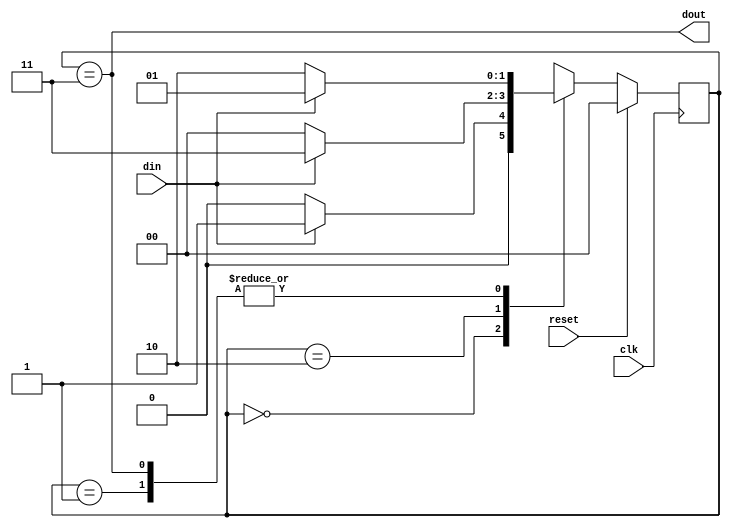
`timescale 1ns / 1ps
//////////////////////////////////////////////////////////////////////////////////
// Company: 
// Engineer: 
// 
// Design Name: 
// Module Name: mealy_1011
// Project Name: 
// Target Devices: 
// Tool Versions: 
// Description: 
// 
// Dependencies: 
// 
// Revision:
// Revision 0.01 - File Created
// Additional Comments:
// 
//////////////////////////////////////////////////////////////////////////////////


module mealy_1011(clk,din,reset,dout);

        
        parameter IDLE = 2'b00,
                  STATE1 = 2'b01,
                  STATE2 = 2'b10,
                  STATE3 = 2'b11;
                  
        input clk,din,reset;
        output dout;
        
        reg [1:0] present_state, nxt_state;
        
        always@(posedge clk)
        begin
            if(reset)
            present_state <= IDLE;
            else
            present_state <= nxt_state;  
        end
        
        always@(present_state or din)
        begin
        
            nxt_state <= IDLE;
            
            case(present_state) 
            IDLE : if(din == 1)
                   nxt_state <= STATE1;
                   else
                   nxt_state <= IDLE;
            STATE1 : if(din == 0)
                   nxt_state <= STATE2;
                   else
                   nxt_state <= STATE1;
            STATE2 : if(din == 1)
                   nxt_state <= STATE3;
                   else
                   nxt_state <= IDLE;
            STATE3 : if(din == 1)
                   nxt_state <= STATE1;
                   else
                   nxt_state <= STATE2;  
            
            default : nxt_state <= IDLE;
            endcase
        end
        
        assign dout = (present_state == STATE3);
        /*always@(posedge clk)
        begin
            dout <= 0;
            case(present_state)
            
            STATE3 : if(din == 1)
                   dout <= 1'b1;
                   
            endcase*/
endmodule